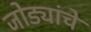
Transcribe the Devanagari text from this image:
जोड्यांचे